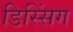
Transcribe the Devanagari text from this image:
डिस्सिंग